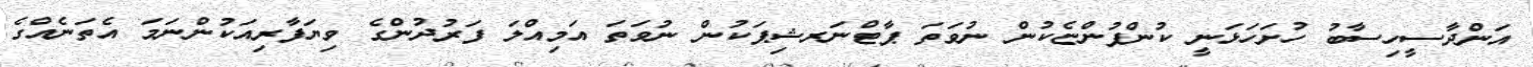
އަންދާސީހިސާބު ހުށަހަޅަނީ ކުންފުންޏެކުން ނުވަތަ ޕާޓްނަރޝިޕަކުން ނުވަތަ އަމިއްލަ ފަރުދުންގެ ވިޔަފާރިއަކުންނަމަ އެތަނެއްގެ